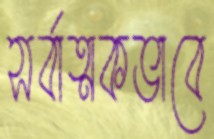
সর্বাত্মকভাবে